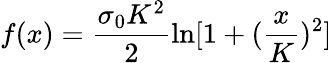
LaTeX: f(x)=\frac{\sigma_{0}K^{2}}{2}\ln[1+(\frac{x}{K})^{2}]